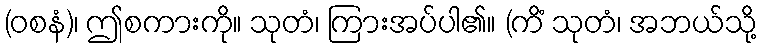
(ဝစနံ)၊ ဤစကားကို။ သုတံ၊ ကြားအပ်ပါ၏။ (ကိံ သုတံ၊ အဘယ်သို့